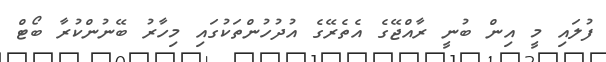
ފުލައި މީ އިން ބުނީ ރާއްޖޭގެ އެތެރޭގެ އުދުހުންތަކުގައި މިހާރު ބޭނުންކުރާ ބޯޓް